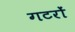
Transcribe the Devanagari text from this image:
गटरों